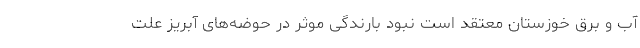
آب و برق خوزستان معتقد است نبود بارندگی موثر در حوضه‌های آبریز علت